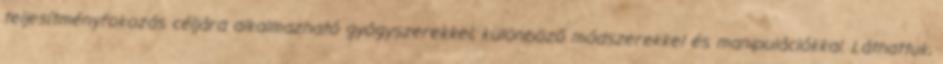
teljesítményfokozás céljára alkalmazható gyógyszerekkel, különböző módszerekkel és manipulációkkal. Láthattuk,